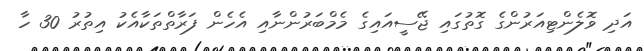
އަދި ވޮލެންޓިއަރުންގެ ގޮތުގައި ޖޭސީއައިގެ މެމްބަރުންނާއި އެހެން ފަރާތްތަކާއެކު އިތުރު 30 ހާ